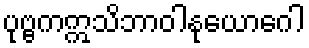
ပုဗ္ဗကဣသိဘာဝါနုယောဂေါ